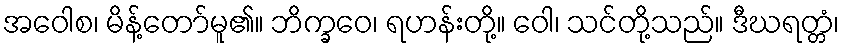
အဝေါစ၊ မိန့်တော်မူ၏။ ဘိက္ခဝေ၊ ရဟန်းတို့။ ဝေါ၊ သင်တို့သည်။ ဒီဃရတ္တံ၊